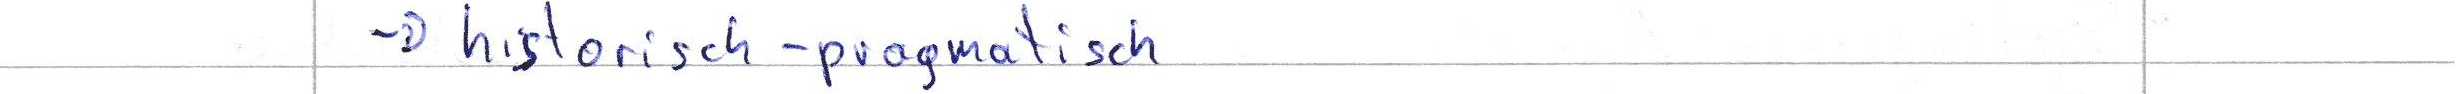
-> historisch-pragmatisch